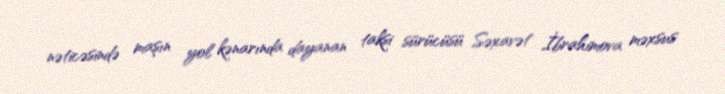
nəticəsində maşın yol kənarında dayanan taksi sürücüsü Səxavət İbrahimova məxsus